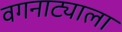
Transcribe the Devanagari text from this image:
वगनाट्याला